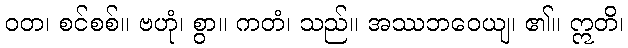
ဝတ၊ စင်စစ်။ ဗဟုံ၊ စွာ။ ကတံ၊ သည်။ အဿဘဝေယျ၊ ၏။ ဣတိ၊